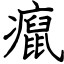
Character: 癙